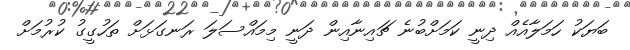
ބަޔަކު ހަމަލާއެއް ދިނީ ކަމަށްބުނެ ޗައިނާއިން ދަނީ މިމައްސަލަ ރަނގަޅަށް ތަހުގީގު ކުރުމަށް